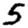
Digit: 5